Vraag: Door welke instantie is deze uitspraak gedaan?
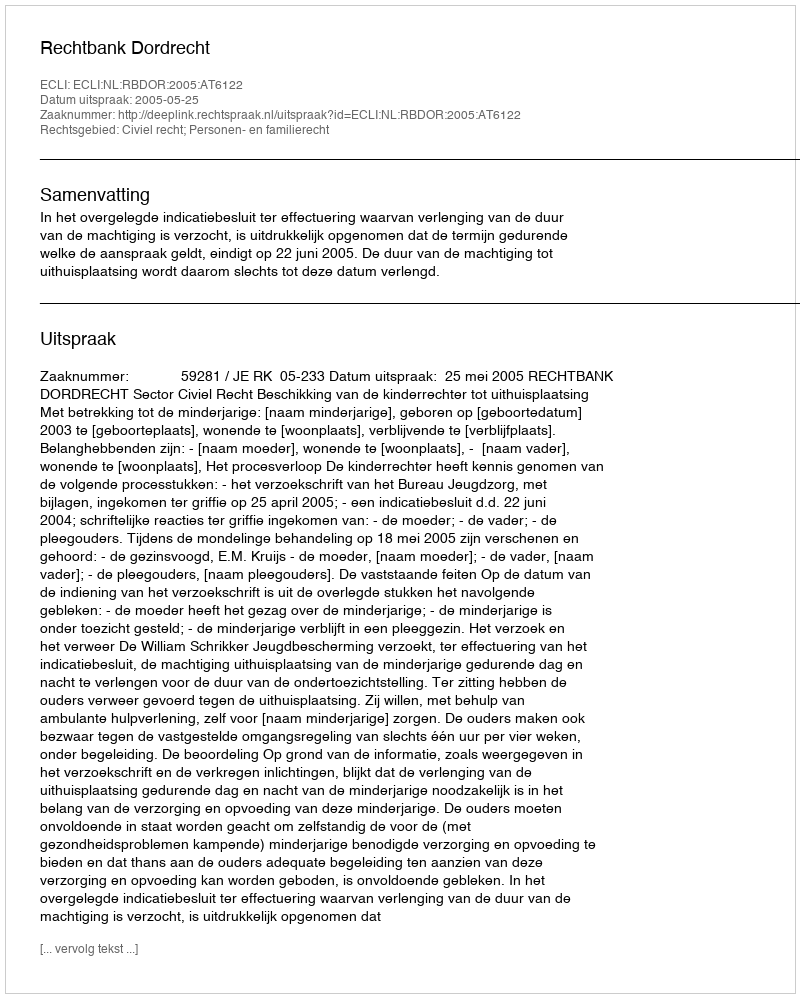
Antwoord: Rechtbank Dordrecht